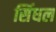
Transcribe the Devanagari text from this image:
सिंधल